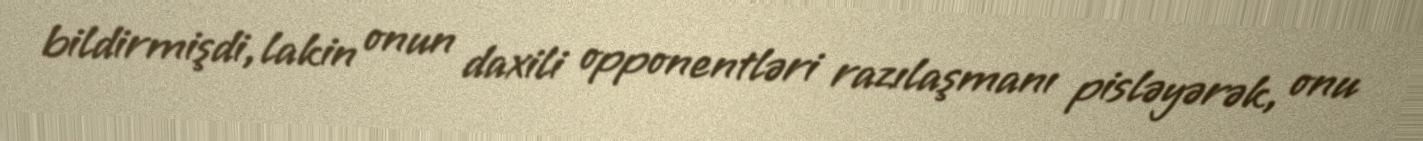
bildirmişdi, lakin onun daxili opponentləri razılaşmanı pisləyərək, onu